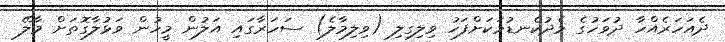
ދެއަހަރެއްހާ ދުވަހުގެ މެދުކެނޑުމަކަށްފަހު ވިލިގިލި (ވިލިމާލެ) ސަހަރާގައި އަލުން މީހުން ވަޅުލާގޮތަށް މާލޭ